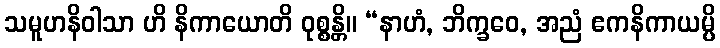
သမူဟနိဝါသာ ဟိ နိကာယောတိ ဝုစ္စန္တိ။ “နာဟံ, ဘိက္ခဝေ, အညံ ဧကနိကာယမ္ပိ